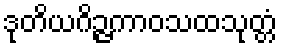
ဒုတိယဂိဉ္ဇကာဝသထသုတ္တံ